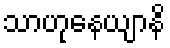
သာဟုနေယျာနိ